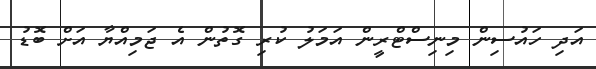
އަދި ހައުސިން މިނިސްޓްރީން އަމަލު ކުރި ގޮތުން އެ ޖަމިއްޔާ އަށް ބޮޑު